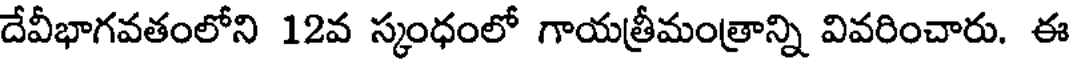
దేవీభాగవతంలోని 12వ స్కంధంలో గాయత్రీమంత్రాన్ని వివరించారు. ఈ